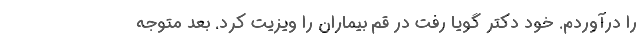
را درآوردم. خود دکتر گویا رفت در قم بیماران را ویزیت کرد. بعد متوجه